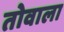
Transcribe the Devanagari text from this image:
तोवाला